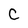
Character: C